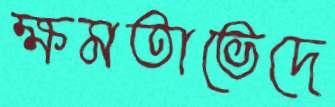
ক্ষমতাভেদে